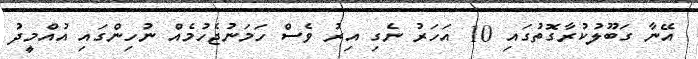
އޭނާ ގަބޫލުކުރާގޮތުގައި 10 އަހަރު ނެގި އިރު ވެސް ހަމަނުޖެހުމެއް ނުހިންގައި އުއްމީދު